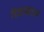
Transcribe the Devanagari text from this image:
चित्तग्राम